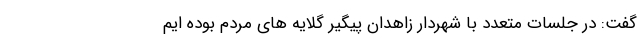
گفت: در جلسات متعدد با شهردار زاهدان پیگیر گلایه های مردم بوده ایم